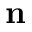
\mathbf { n }